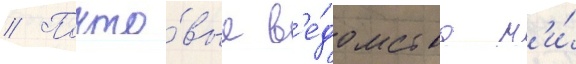
// Почто́вые в'е́домства н'и́